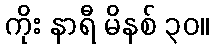
ကိုး နာရီ မိနစ် ၃၀။